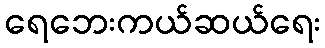
ရေဘေးကယ်ဆယ်ရေး